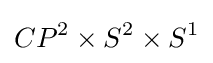
CP^{2}\times S^{2}\times S^{1}